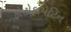
ફોટોફાયટિન